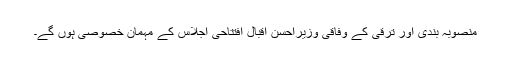
منصوبہ بندی اور ترقی کے وفاقی وزیراحسن اقبال افتتاحی اجلاس کے مہمان خصوصی ہوں گے۔